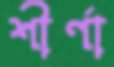
শীর্ণা